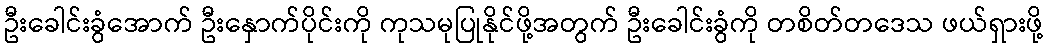
ဦးခေါင်းခွံအောက် ဦးနှောက်ပိုင်းကို ကုသမုပြုနိုင်ဖို့အတွက် ဦးခေါင်းခွံကို တစိတ်တဒေသ ဖယ်ရှားဖို့